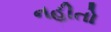
નહીતો